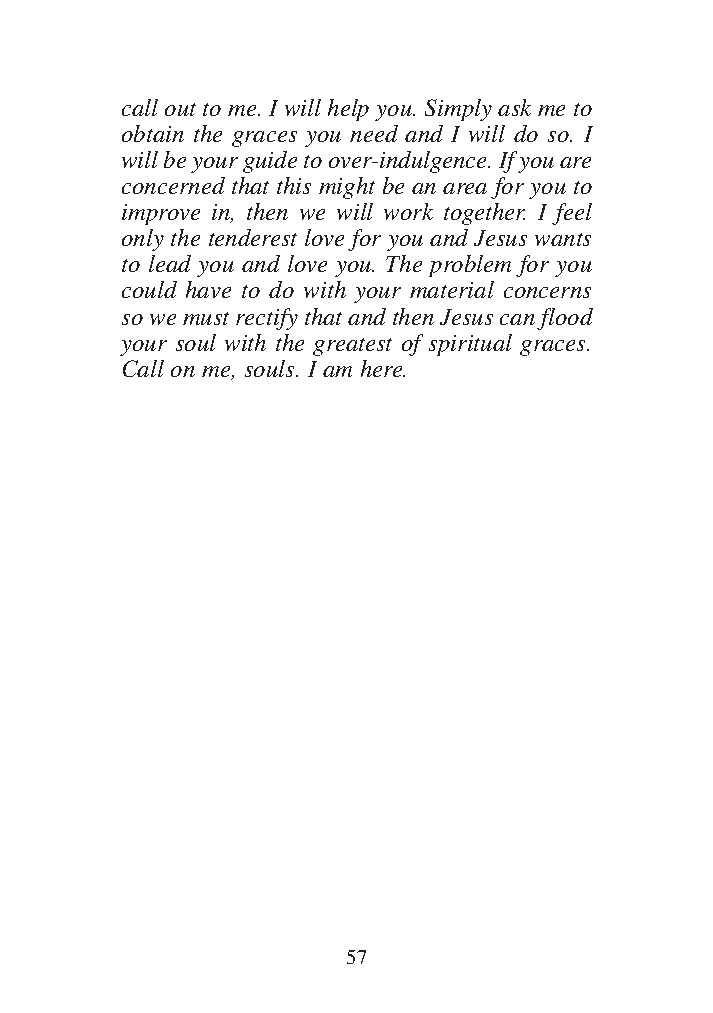
DFOT Vol 5 No App_1 12/3/13 8:54 PM Page 57
 call out to me. I will help you. Simply ask me to
 obtain the graces you need and I will do so. I
 will be your guide to over-indulgence. If you are
 concerned that this might be an area for you to
 improve in, then we will work together. I feel
 only the tenderest love for you and Jesus wants
 to lead you and love you. The problem for you
 could have to do with your material concerns
 so we must rectify that and then Jesus can flood
 your soul with the greatest of spiritual graces.
 Call on me, souls. I am here.
 57